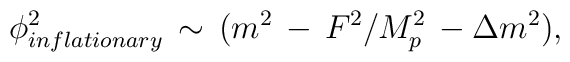
\phi^2_{inflationary} \, \sim \, ( m^2 \, -\, F^2/M_p^2 \, - \Delta m^2),